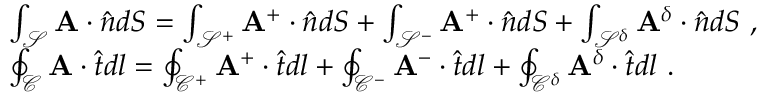
\begin{array} { r l } & { \int _ { \mathcal { S } } \mathbf { A } \cdot \hat { \boldsymbol { n } } d S = \int _ { \mathcal { S } ^ { + } } \mathbf { A } ^ { + } \cdot \hat { \boldsymbol { n } } d S + \int _ { \mathcal { S } ^ { - } } \mathbf { A } ^ { + } \cdot \hat { \boldsymbol { n } } d S + \int _ { \mathcal { S } ^ { \delta } } \mathbf { A } ^ { \delta } \cdot \hat { \boldsymbol { n } } d S ~ , } \\ & { \oint _ { \mathcal { C } } \mathbf { A } \cdot \hat { \boldsymbol { t } } d l = \oint _ { \mathcal { C } ^ { + } } \mathbf { A } ^ { + } \cdot \hat { \boldsymbol { t } } d l + \oint _ { \mathcal { C } ^ { - } } \mathbf { A } ^ { - } \cdot \hat { \boldsymbol { t } } d l + \oint _ { \mathcal { C } ^ { \delta } } \mathbf { A } ^ { \delta } \cdot \hat { \boldsymbol { t } } d l ~ . } \end{array}